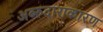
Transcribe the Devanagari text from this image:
अब्‍रुदाराकारण